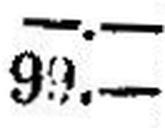
99.—